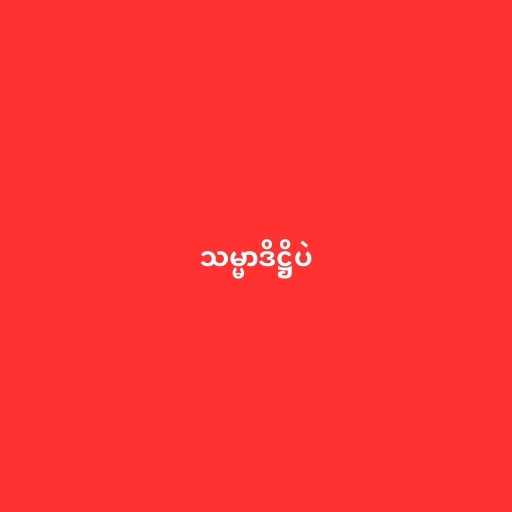
သမ္မာဒိဋ္ဌိပဲ